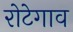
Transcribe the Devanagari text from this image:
रोटेगाव